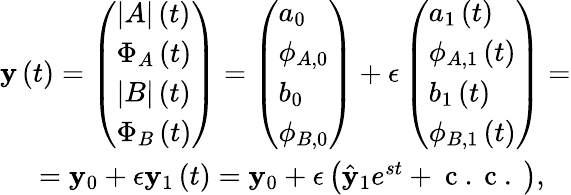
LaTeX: \begin{array}{r}{\mathbf{y}\left(t\right)=\left(\begin{array}{l}{|A|\left(t\right)}\\ {\Phi_{A}\left(t\right)}\\ {|B|\left(t\right)}\\ {\Phi_{B}\left(t\right)}\end{array}\right)=\left(\begin{array}{l}{a_{0}}\\ {\phi_{A,0}}\\ {b_{0}}\\ {\phi_{B,0}}\end{array}\right)+\epsilon\left(\begin{array}{l}{a_{1}\left(t\right)}\\ {\phi_{A,1}\left(t\right)}\\ {b_{1}\left(t\right)}\\ {\phi_{B,1}\left(t\right)}\end{array}\right)=}\\ {=\mathbf{y}_{0}+\epsilon\mathbf{y}_{1}\left(t\right)=\mathbf{y}_{0}+\epsilon\left(\hat{\mathbf{y}}_{1}e^{st}+\mathrm{~c~.~c~.~}\right),\ \ \ }\end{array}